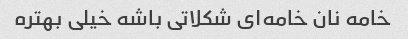
خامه نان خامه‌ای شکلاتی باشه خیلی بهتره